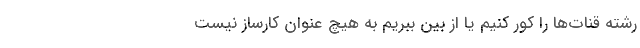
رشته قنات‌ها را کور کنیم یا از بین ببریم به هیچ عنوان کارساز نیست